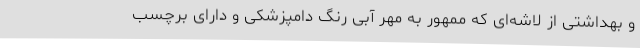
و بهداشتی از لاشه‌ای که ممهور به مهر آبی رنگ دامپزشکی و دارای برچسب